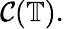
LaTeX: \mathcal{C}(\mathbb{{T}}).